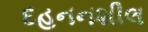
દહનનશીલ